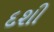
દશી